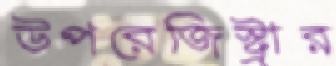
উপরেজিস্ট্রার